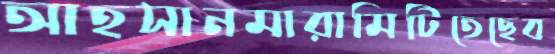
আহসানমারামিটিতেছেব